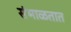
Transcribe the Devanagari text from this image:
संभाळतात